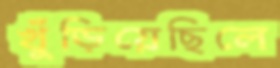
খুঁড়িয়েছিলে